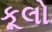
કૂલો